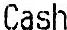
CASH